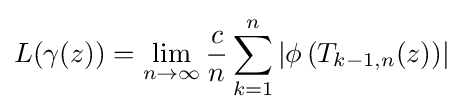
L(\gamma (z))=\lim _{n\to \infty }{\frac {c}{n}}\sum _{k=1}^{n}\left|\phi \left(T_{k-1,n}(z)\right)\right|